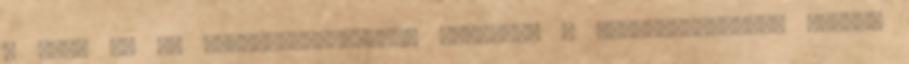
a gép- és az alkatrészgyártók, valamint a végfelhasználók hozták